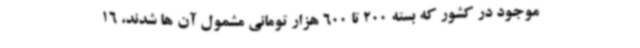
موجود در کشور که بسته 200 تا 600 هزار تومانی مشمول آن ها شدند، 16